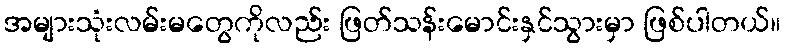
အများသုံးလမ်းမတွေကိုလည်း ဖြတ်သန်းမောင်းနှင်သွားမှာ ဖြစ်ပါတယ်။